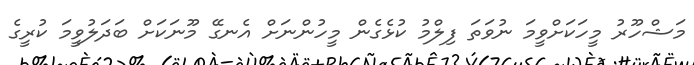
މަޝްހޫރު މީހަކަށްވީމަ ނުވަތަ ފިލްމު ކުޅެގެން މީހުންނަށް އެނގޭ މޫނަކަށް ބަދަލުވީމަ ކުރީގެ